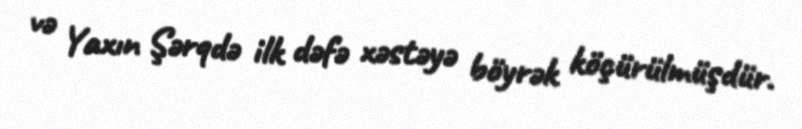
və Yaxın Şərqdə ilk dəfə xəstəyə böyrək köçürülmüşdür.